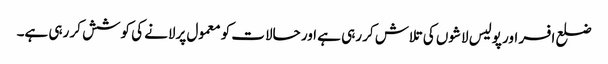
ضلع افسر اور پولیس لاشوں کی تلاش کر رہی ہے اور حالات کو معمول پرلانے کی کوشش کر رہی ہے۔